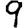
Digit: 9